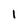
Character: I